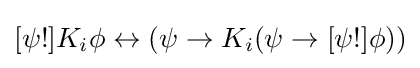
[\psi !]K_{i}\phi \leftrightarrow \left(\psi \rightarrow K_{i}(\psi \rightarrow [\psi !]\phi )\right)